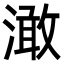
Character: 澉